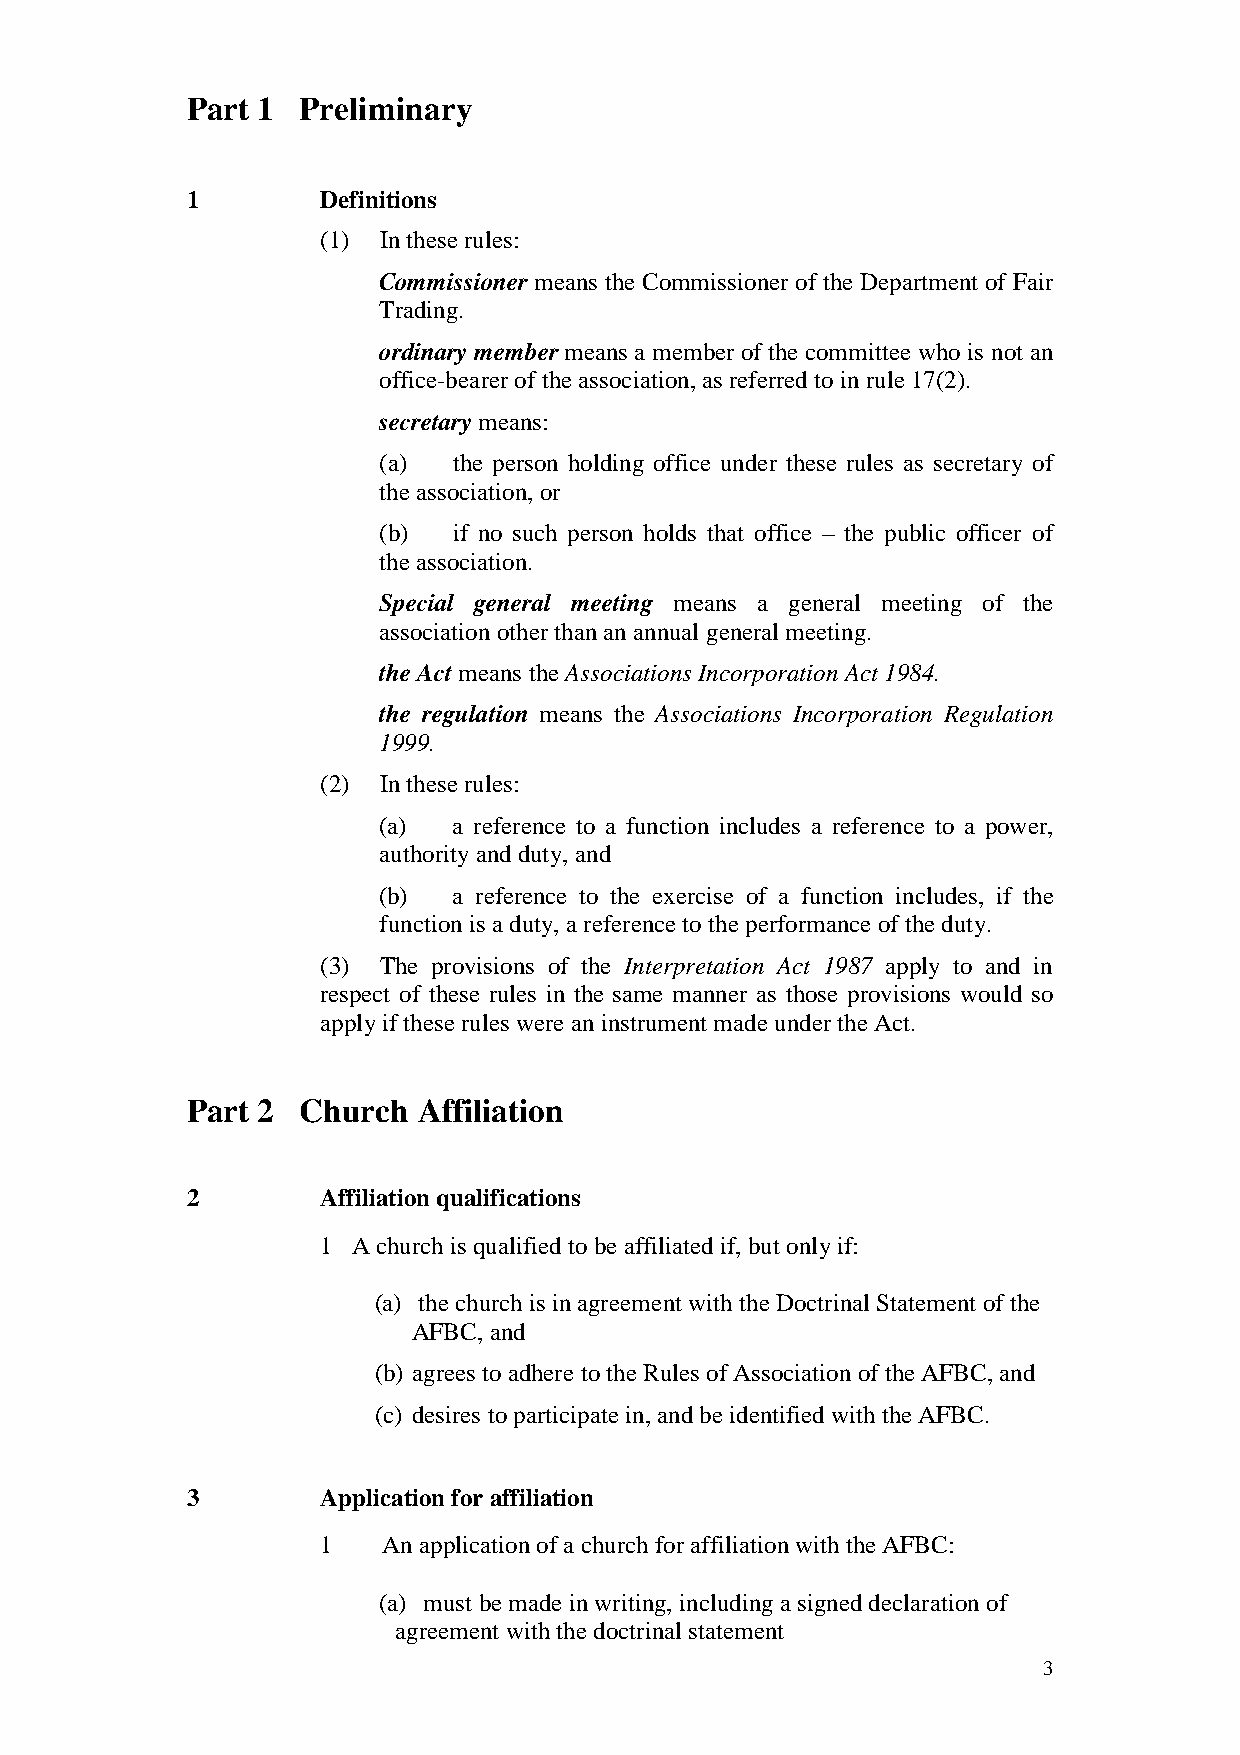
Part 1  Preliminary
 1        Definitions
 (1) In these rules:
 Commissioner means the Commissioner of the Department of Fair
 Trading.
 ordinary member means a member of the committee who is not an
 office-bearer of the association, as referred to in rule 17(2).
 secretary means:
 (a)  the person holding office under these rules as secretary of
 the association, or
 (b)  if no such person holds that office – the public officer of
 the association.
 Special general meeting means a general meeting of the
 association other than an annual general meeting.
 the Act means the Associations Incorporation Act 1984.
 the regulation means the Associations Incorporation Regulation
 1999.
 (2) In these rules:
 (a)  a reference to a function includes a reference to a power,
 authority and duty, and
 (b)  a reference to the exercise of a function includes, if the
 function is a duty, a reference to the performance of the duty.
 (3) The provisions of the Interpretation Act 1987 apply to and in
 respect of these rules in the same manner as those provisions would so
 apply if these rules were an instrument made under the Act.
 Part 2  Church  Affiliation
 2        Affiliation qualifications
 1 A church is qualified to be affiliated if, but only if:
 (a) the church is in agreement with the Doctrinal Statement of the
 AFBC, and
 (b) agrees to adhere to the Rules of Association of the AFBC, and
 (c) desires to participate in, and be identified with the AFBC.
 3        Application for affiliation
 1   An application of a church for affiliation with the AFBC:
 (a) must be made in writing, including a signed declaration of
 agreement with the doctrinal statement
 3